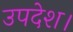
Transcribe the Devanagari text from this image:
उपदेश।